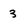
Character: 3